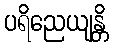
ပရိညေယျန္တိ